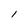
Character: l